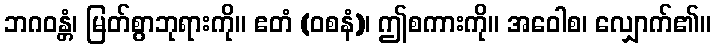
ဘဂဝန္တံ၊ မြတ်စွာဘုရားကို။ ဧတံ (ဝစနံ)၊ ဤစကားကို။ အဝေါစ၊ လျှောက်၏။